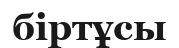
біртұсы